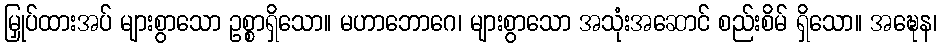
မြှုပ်ထားအပ် များစွာသော ဥစ္စာရှိသော။ မဟာဘောဂေ၊ များစွာသော အသုံးအဆောင် စည်းစိမ် ရှိသော။ အဍ္ဎေန၊